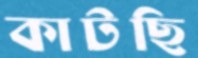
কাটছি